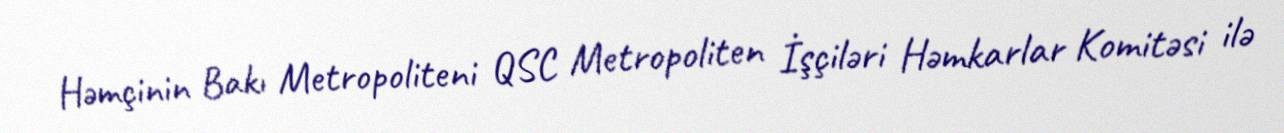
Həmçinin Bakı Metropoliteni QSC Metropoliten İşçiləri Həmkarlar Komitəsi ilə